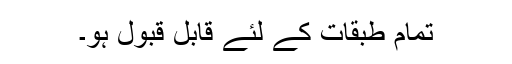
تمام طبقات کے لئے قابل قبول ہو۔